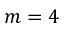
m = 4